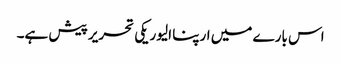
اس بارے میں ارپنا الیوریکی تحریر پیش ہے۔